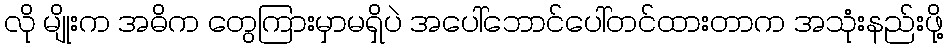
လို မျိုးက အဓိက တွေကြားမှာမရှိပဲ အပေါ်ဘောင်ပေါ်တင်ထားတာက အသုံးနည်းဖို့